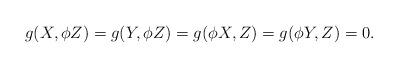
LaTeX: \begin{align*}g(X,\phi Z)=g(Y,\phi Z)=g(\phi X,Z)=g(\phi Y,Z)=0.\end{align*}